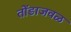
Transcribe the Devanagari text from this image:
तोंडाजवळ